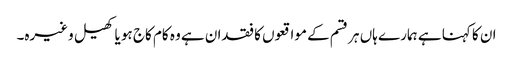
ان کا کہنا ہے ہمارے ہاں ہر قسم کے مواقعوں کا فقدان ہے وہ کام کاج ہو یا کھیل وغیرہ۔